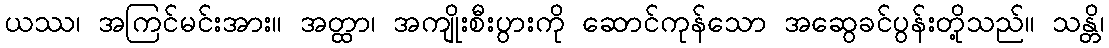
ယဿ၊ အကြင်မင်းအား။ အတ္ထာ၊ အကျိုးစီးပွားကို ဆောင်ကုန်သော အဆွေခင်ပွန်းတို့သည်။ သန္တိ၊